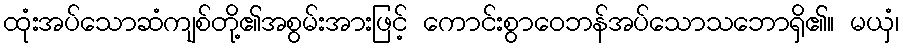
ထုံးအပ်သောဆံကျစ်တို့၏အစွမ်းအားဖြင့် ကောင်းစွာဝေဘန်အပ်သောသဘောရှိ၏။ မယှံ၊